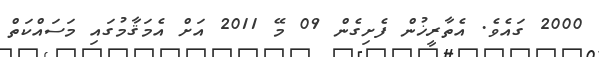
2000 ގައެވެ. އެތާރީޚުން ފެށިގެން 09 މޭ 2011 އަށް އެމަޤާމުގައި މަސައްކަތް